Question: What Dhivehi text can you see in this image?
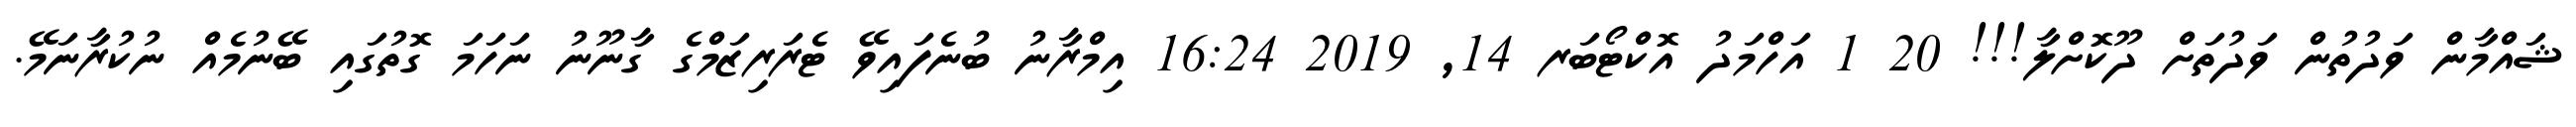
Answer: ޝައްމާން ވަދުތުން ވަދުތަށް ދޫކޮށްލާ!!! 20 1 އަހްމަދު އޮކްޓޯބަރ 14, 2019 16:24 އިމްރާނު ބުނެފައިވޭ ޓެރަރިޒަމްގެ ގާނޫނު ނަހަމަ ގޮތުގައި ބޭނުމެއް ނުކުރާނަމޭ.